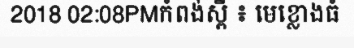
2018 02:08PMកំពង់ស្ពឺ ៖ មេខ្លោងធំ